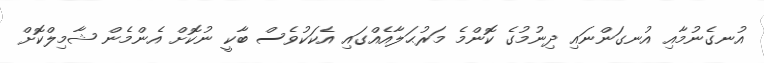
އުނގެނުމާއި އުނގަންނައި ދިނުމުގެ ކޮންމެ މަރުޙަލާއެއްގައި އެކަކުވެސް ބާކީ ނުކޮށް އެންމެން ޝާމިލްކޮށް